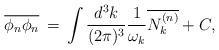
LaTeX: \begin{align*}\overline{\phi_{n}\phi_{n}}\,=\,\int \frac{d^{3}k}{(2\pi)^{3}}\frac{1}{\omega_{k}} \overline{N_{k}^{(n)}}+C,\end{align*}